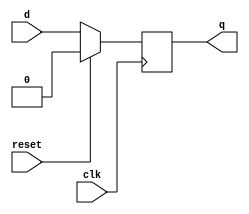
module dflip_flop(d,clk,reset,q);

output q;
input d,clk,reset;
reg q;


always @(posedge clk)

if(reset)
 q=1'b0;
else
 q=d;

endmodule

module t_ff1(t,clk,reset,q);
input t,clk,reset;
output q;
wire d;
assign d=t^q;
dflip_flop d1(d,clk,reset,q);
endmodule

module test_bench;
reg d,clk,reset;
wire q;
 
t_ff1 tflp(d,clk,reset,q);
initial
 clk=1'b0;
always
 #2 clk=~clk;

initial
begin

#5 d=1;reset=1'b0;
#10 d=1;reset=1'b1;
#50 d=1;reset=1'b0;
#26 d=0;reset=1'b0;

end
initial
#120 $finish;
always @(posedge clk)
$monitor($time,"d=%b,q=%b",d,q);

endmodule